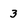
Character: 3